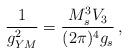
LaTeX: \begin{align*}\frac{1}{g_{YM}^2} = \frac{ M_s^3 V_3}{(2 \pi)^4 g_s}\, ,\end{align*}